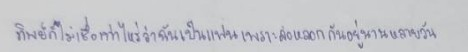
ทิพย์ก็ไม่เชื่อเท่าไหร่ว่าฉันเป็นแฟนเพราะล่อหลอกกันอยู่นานหลายวัน